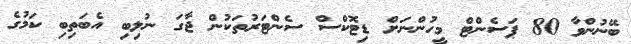
ބޭނުންވާ 80 ޕަސެންޓް މީހުންނަށް ޑިޓޮކްސް ސެންޓަރުތަކުން ޖާގަ ނުލިބި އެބަތިބި ކަމުގެ